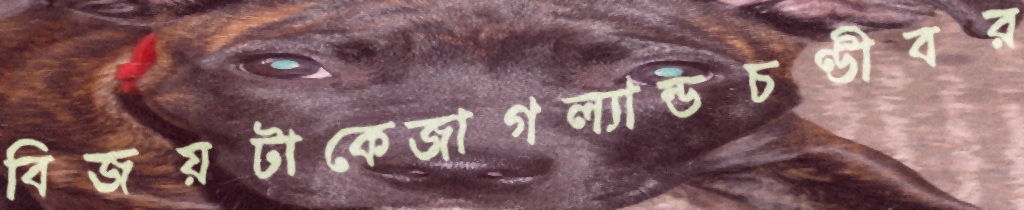
বিজয়টাকেজাগল্যান্ডচণ্ডীবর